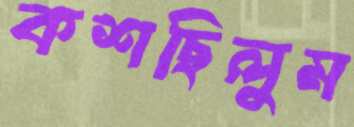
কশছিলুম